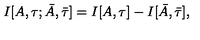
I [ A , \tau ; \bar { A } , \bar { \tau } ] = I [ A , \tau ] - I [ \bar { A } , \bar { \tau } ] ,